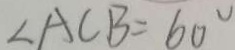
\angle A C B = 6 0 ^ { \circ }